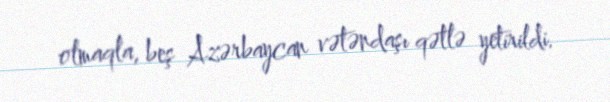
olmaqla, beş Azərbaycan vətəndaşı qətlə yetirildi.